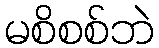
မစိစစ်ဘဲ